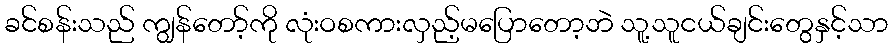
ခင်စန်းသည် ကျွန်တော့်ကို လုံးဝစကားလှည့်မပြောတော့ဘဲ သူ့သူငယ်ချင်းတွေနှင့်သာ